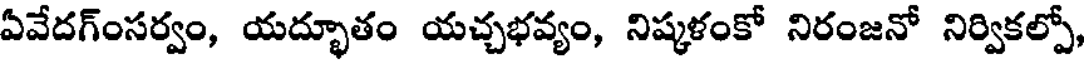
ఏవేదగ్ంసర్వం, యద్భూతం యచ్చభవ్యం, నిష్కళంకో నిరంజనో నిర్వికల్పో,